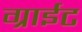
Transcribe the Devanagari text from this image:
ग्राईट